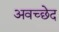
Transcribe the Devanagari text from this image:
अवच्छेद